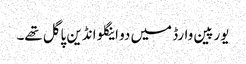
یورپین وارڈ میں دو اینگلو انڈین پاگل تھے۔